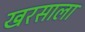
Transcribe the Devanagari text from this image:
खरसाला